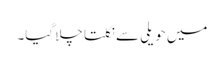
میں حویلی سے نکلتا چلا گیا۔